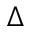
\Delta